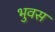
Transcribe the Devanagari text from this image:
भुवस